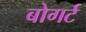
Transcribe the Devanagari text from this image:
बोगर्ट